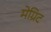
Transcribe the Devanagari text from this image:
मेग्रिट